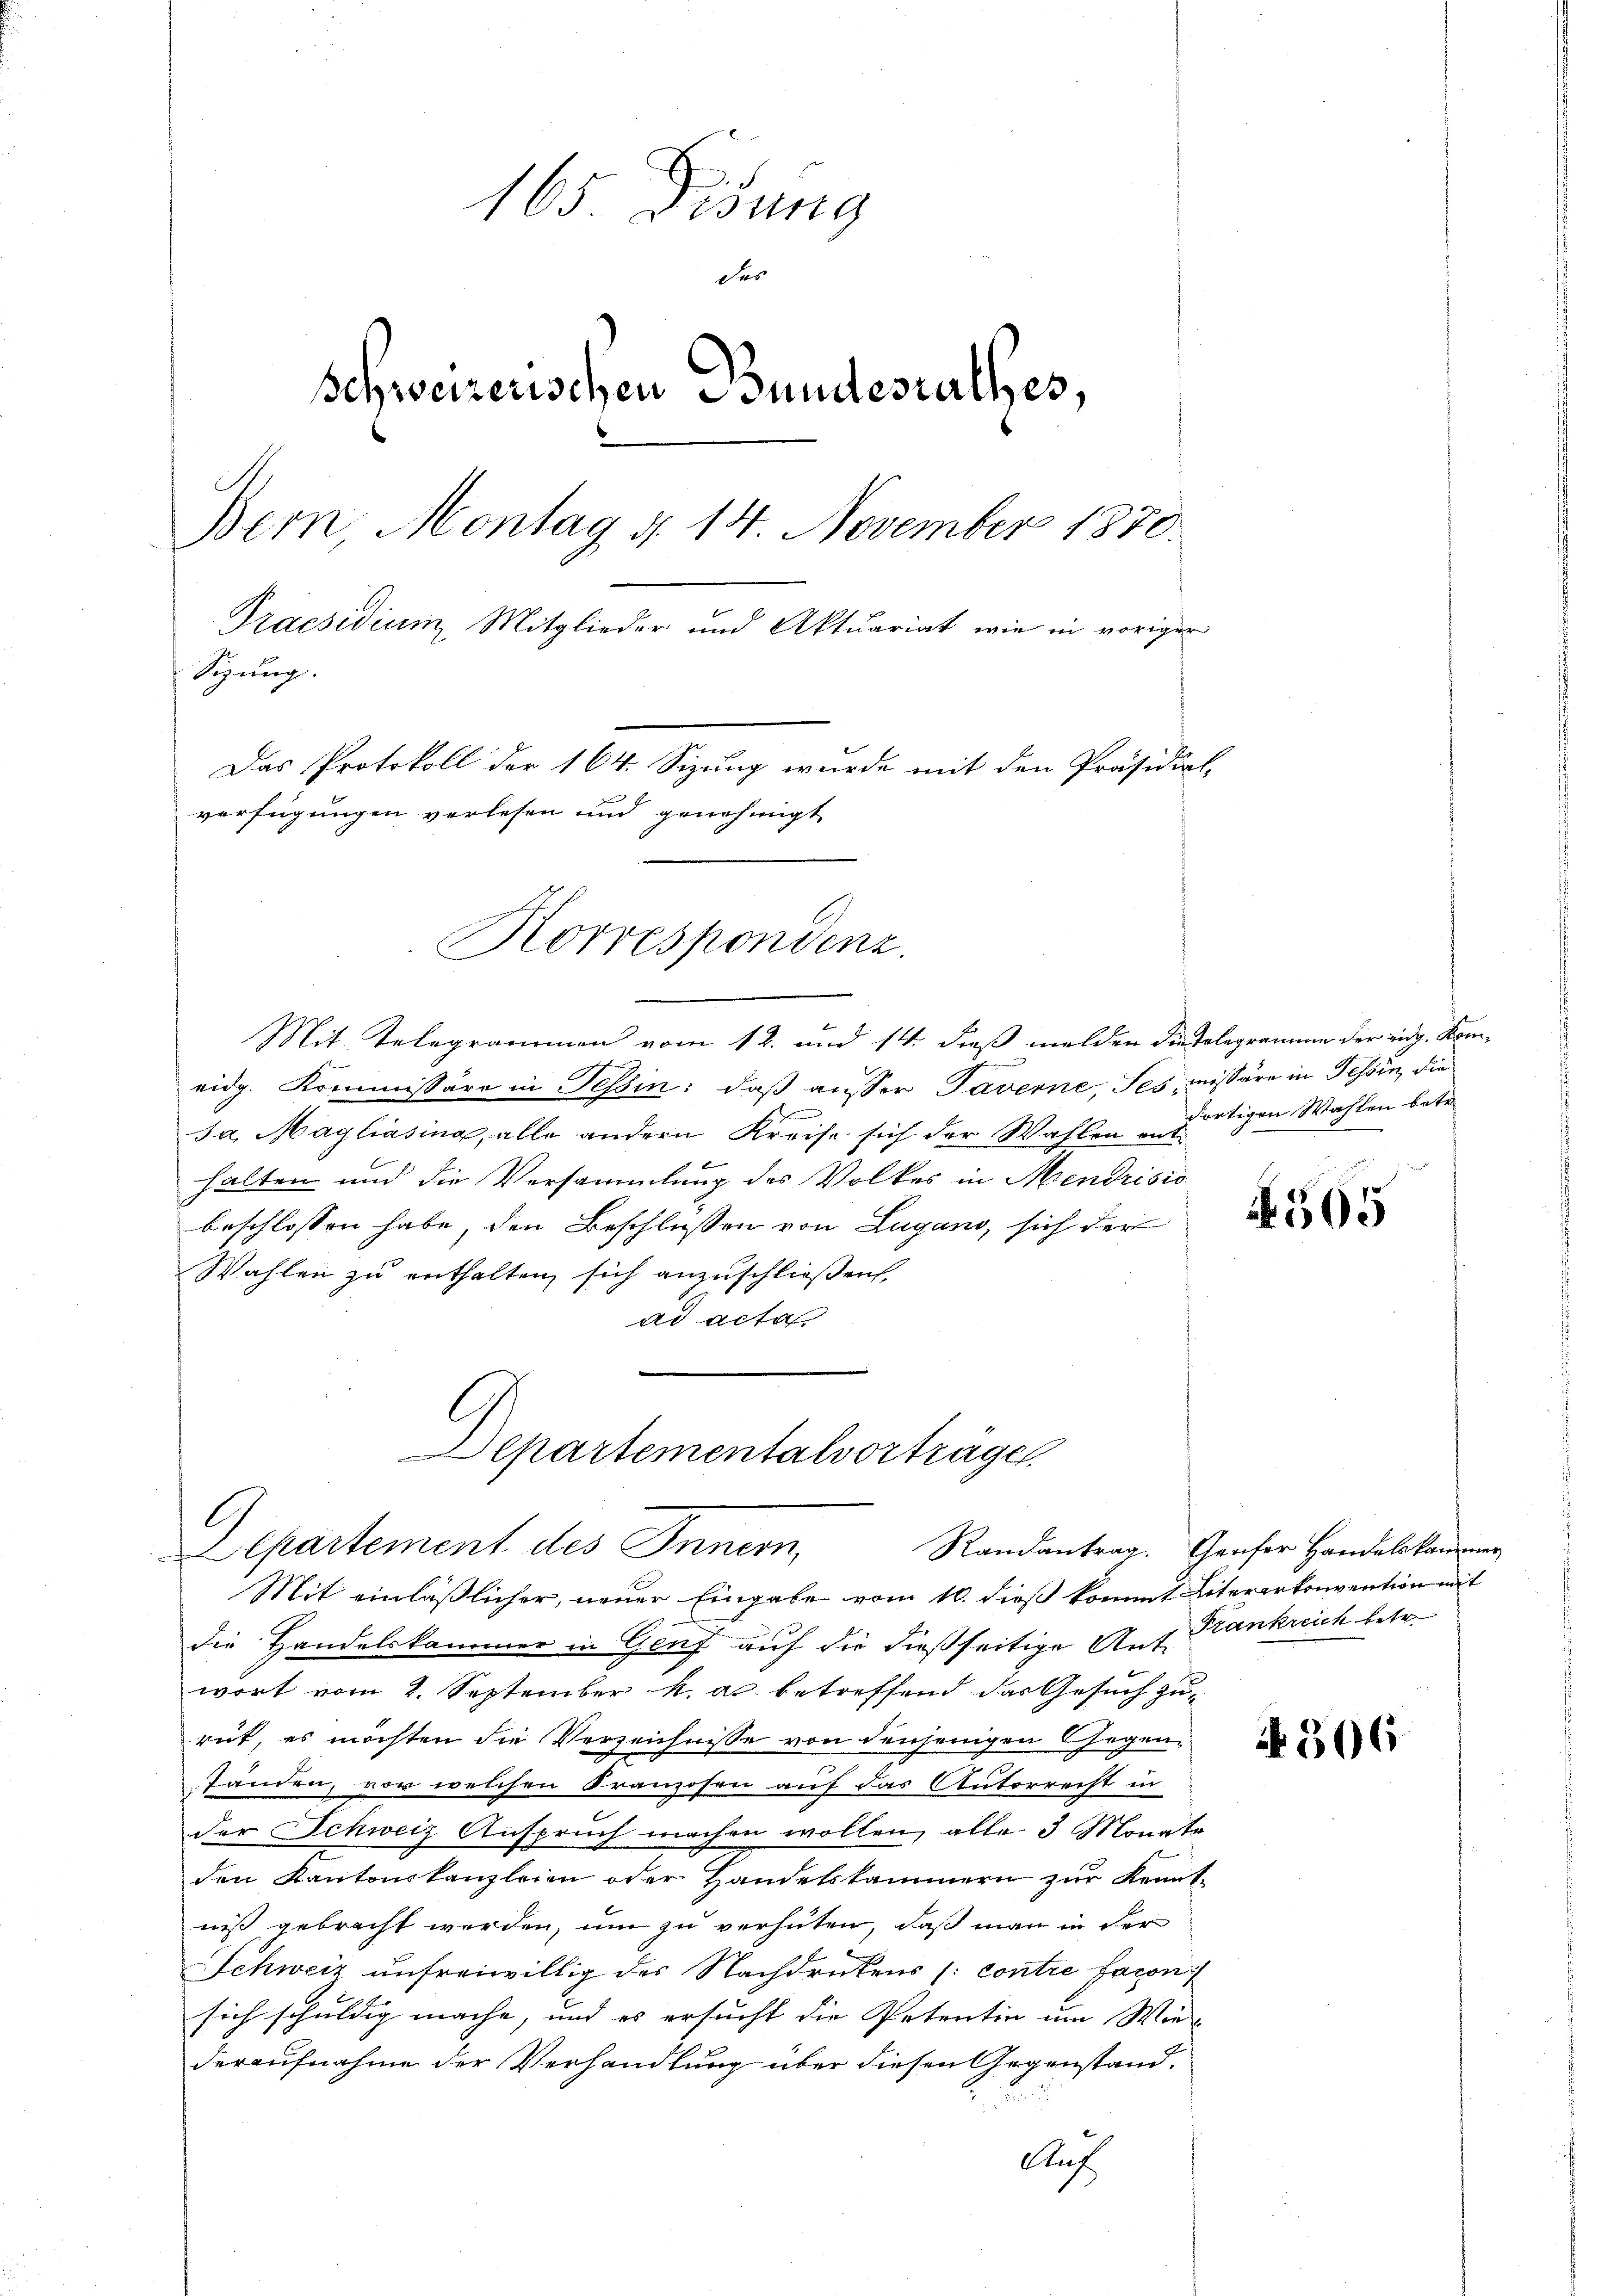
165. Disung
des
Schweizerischen Bundesrathes,
Bern, Montag d. 14. November 1870.
Praesidium Mitglieder und Aktuariat wie in voriger
Sizung
Das Protokoll der 164. Sizung wurde mit den Präsidial-
verfügungen verlesen und genehmigt

Korrespondenz.

Mit Telegrammen vom 12. und 14. dieß melden die telegramme der eidg. Komeidg. Kommissäre in Tessin: daß ausser Taverne, ses missäre in Tessin, die
Ja, Magliasina, alle andern Kreise sich der Wahlen enthalten und die Versammlung des Volkes in Mendrisio
beschlossen habe, den Beschlussen von Lugano, sich der
Wahlen zu enthalten, sich anzuschließen,
ad acta
Mit einläßlicher, neuer Eingabe vom 10. dieß kommt Litererkonvention mit
die Handelskammer in Genf auf die dießseitige Ant. Frankreich betr.
wort vom 2. September k. a. betreffend das Gesuch zu-
rut, es möchten die Verzeichnisse von denjenigen Gegentänden, vor welchen Franzosen auf das Autorrecht in
der Schweiz Anspruch machen wollen, alle 3 Monate
den Kantonskanzleien oder Handelskammern zur Kenntniß gebracht werden, um zu verhüten, daß man in der
Schweiz unfreiwillig des Nachdruckens (contre facon
sich schuldig mache, und es ersucht die Petentin um Wie-
deraufnahme der Verhandlung über diesen Gegenstand.
Auf

partementalvorträge.
G
Alpartement des Innern,

dortigen Wahlen betr.

1505

Randantrag. Genfer Handelskammer

N 506